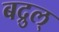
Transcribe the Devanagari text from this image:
बद्रुल्